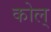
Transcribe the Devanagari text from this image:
कोल्